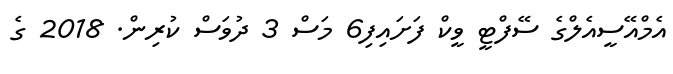
އެމްއޭސީއެލްގެ ސޭފްޓީ ވީކް ފަށައިފި6 މަސް 3 ދުވަސް ކުރިން. 2018 ގެ